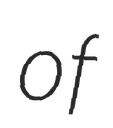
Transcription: of